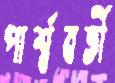
পার্শ্ববর্তী